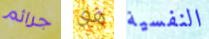
جرائم هو النفسية